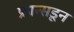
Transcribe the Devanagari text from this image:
फ्रान्सडून